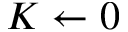
K \gets 0